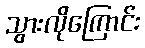
သွားလိုကြောင်း